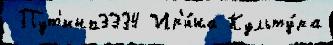
 Пут'ина3334 Ир'и́на Культу́ра